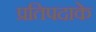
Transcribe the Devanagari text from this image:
प्रतिपदाके